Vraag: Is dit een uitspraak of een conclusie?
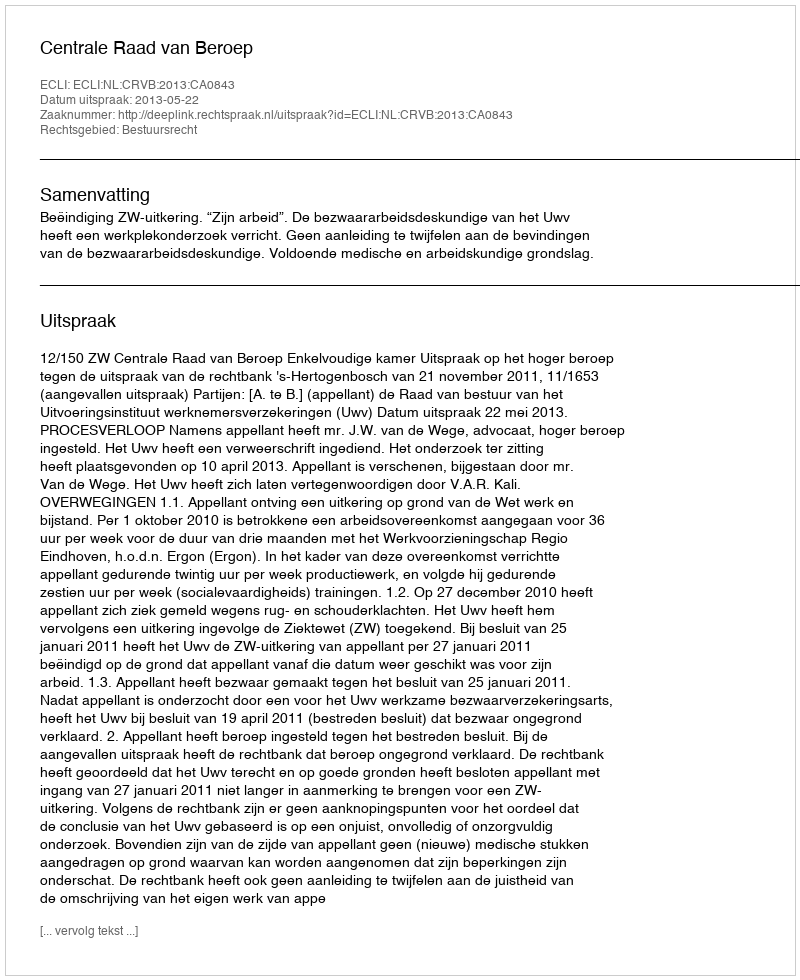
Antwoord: Uitspraak